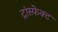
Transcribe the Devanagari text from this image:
ट्रांस्फ़ेक्ट